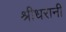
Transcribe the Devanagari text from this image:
श्रीधरानी